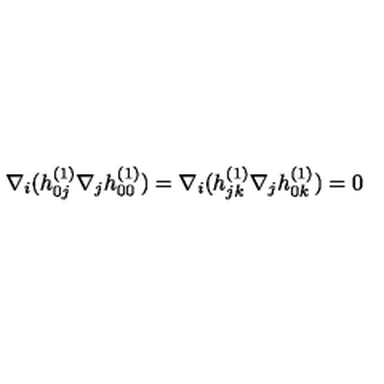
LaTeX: \nabla _ { i } ( h _ { 0 j } ^ { ( 1 ) } \nabla _ { j } h _ { 0 0 } ^ { ( 1 ) } ) = \nabla _ { i } ( h _ { j k } ^ { ( 1 ) } \nabla _ { j } h _ { 0 k } ^ { ( 1 ) } ) = 0